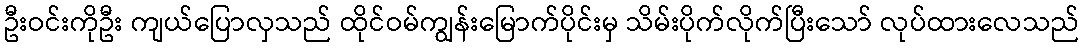
ဦးဝင်းကိုဦး ကျယ်ပြောလှသည် ထိုင်ဝမ်ကျွန်းမြောက်ပိုင်းမှ သိမ်းပိုက်လိုက်ပြီးသော် လုပ်ထားလေသည်